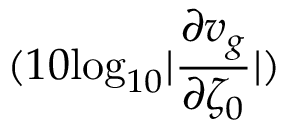
( 1 0 \mathrm { l o g } _ { 1 0 } | \frac { \partial v _ { g } } { \partial \zeta _ { 0 } } | )